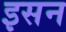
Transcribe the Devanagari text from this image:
इसन